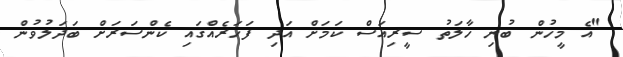
"އެ މީހުން ބުނި ހާލަތު ސީރިއަސް ކަމަށް އަދި ފަހަރެއްގައި ކެންސަރަށް ބަދަލުވުން